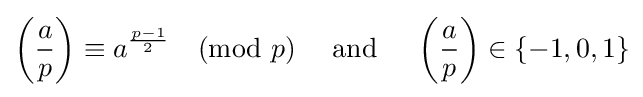
\left({\frac {a}{p}}\right)\equiv a^{\frac {p-1}{2}}{\pmod {p}}\quad {\text{ and }}\quad \left({\frac {a}{p}}\right)\in \{-1,0,1\}